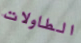
الطاولات